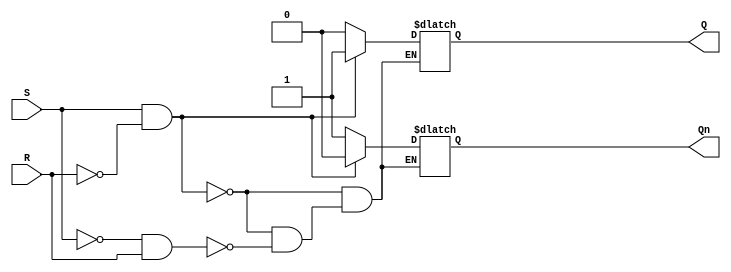
module sr_latch (
    input S, // Set input
    input R, // Reset input
    output reg Q, // Q output
    output reg Qn // Q' output
);

always @* begin
    if (S && !R) begin
        Q = 1; // Set Q to logic high
        Qn = 0; // Set Q' to logic low
    end else if (!S && R) begin
        Q = 0; // Set Q to logic low
        Qn = 1; // Set Q' to logic high
    end
end

endmodule